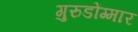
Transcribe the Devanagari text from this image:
गुरुडोंग्मार